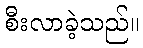
စီးလာခဲ့သည်။